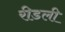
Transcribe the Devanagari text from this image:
रीडली